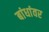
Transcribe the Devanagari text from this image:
बांधांवर